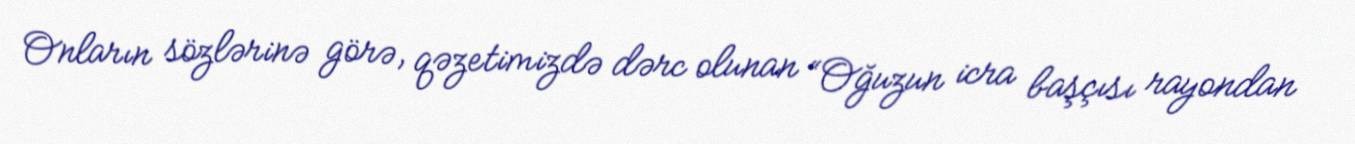
Onların sözlərinə görə, qəzetimizdə dərc olunan “Oğuzun icra başçısı rayondan